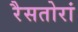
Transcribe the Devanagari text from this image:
रैसतोरां